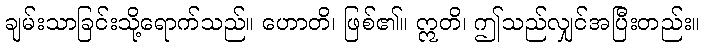
ချမ်းသာခြင်းသို့ရောက်သည်။ ဟောတိ၊ ဖြစ်၏။ ဣတိ၊ ဤသည်လျှင်အပြီးတည်း။